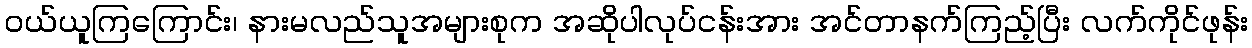
ဝယ်ယူကြကြောင်း၊ နားမလည်သူအများစုက အဆိုပါလုပ်ငန်းအား အင်တာနက်ကြည့်ပြီး လက်ကိုင်ဖုန်း